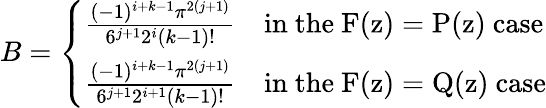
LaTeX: B=\left\{ \begin{array}{ll}{\frac{(-1)^{i+k-1}\pi^{2(j+1)}}{6^{j+1}2^{i}(k-1)!}}&{\mathrm{in~the~F(z)=P(z)~case}}\\ {\frac{(-1)^{i+k-1}\pi^{2(j+1)}}{6^{j+1}2^{i+1}(k-1)!}}&{\mathrm{in~the~F(z)=Q(z)~case}}\end{array}\right.